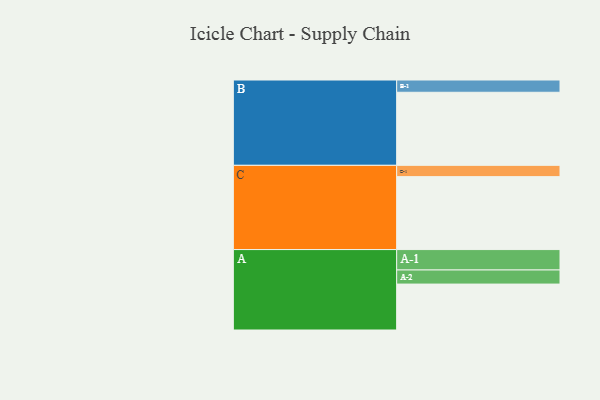
{"axis": {"x": "Segment", "y": "Value"}, "legend": ["", "A", "B", "C"], "data": [{"x": "A", "y": 374, "type": ""}, {"x": "B", "y": 595, "type": ""}, {"x": "C", "y": 594, "type": ""}, {"x": "A-1", "y": 166, "type": "A"}, {"x": "A-2", "y": 115, "type": "A"}, {"x": "B-1", "y": 100, "type": "B"}, {"x": "C-1", "y": 92, "type": "C"}]}